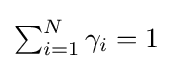
{\textstyle \sum _{i=1}^{N}\gamma _{i}=1}